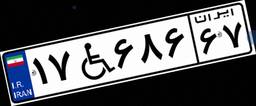
۵۰W۶۹۳۱۷